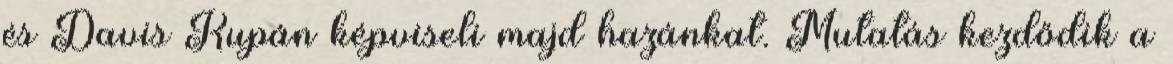
és Davis Kupán képviseli majd hazánkat. Mutatás kezdődik a